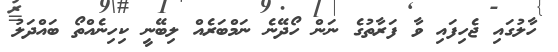
ހާލުގައި ޖެހިފައި ވާ ފަރާތުގެ ނަން ހޯދޭނެ ނަމްބަރެއް ލިބޭނީ ކިހިނެއްތޯ ބައްދަލު